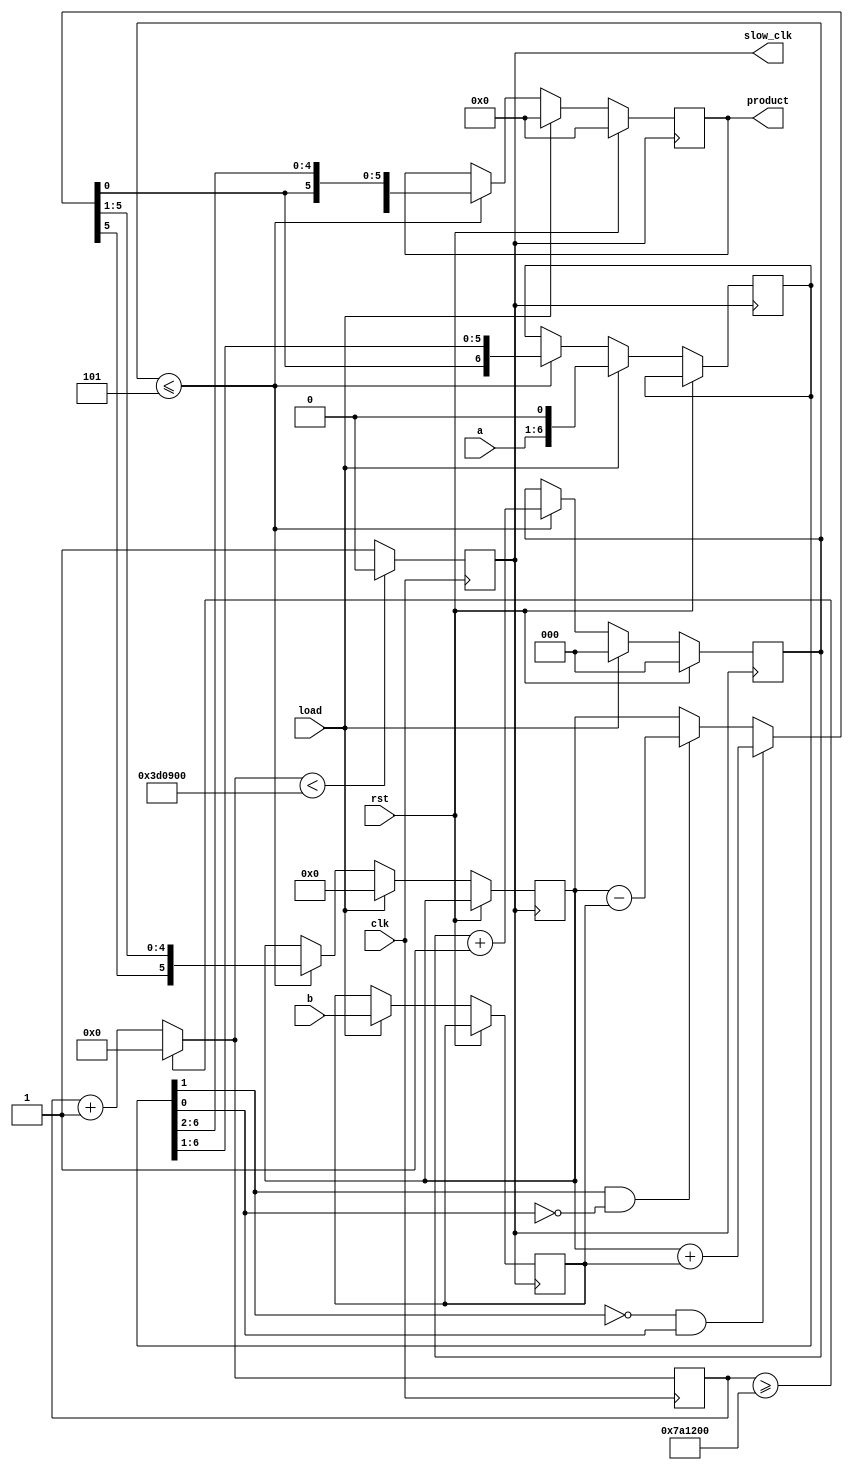
`timescale 1ns / 1ps
//////////////////////////////////////////////////////////////////////////////////
// Company: 
// Engineer: 
// 
// Design Name: 
// Module Name:    BoothMult 
// Project Name: 
// Target Devices: 
// Tool versions: 
// Description: 
//
// Dependencies: 
//
// Revision: 
// Revision 0.01 - File Created
// Additional Comments: 
//
//////////////////////////////////////////////////////////////////////////////////
module BoothMult(
    input clk,
    input rst,
    input load,
    output reg slow_clk,
    input [5:0]a,
    input [5:0]b,
	 output reg [11:0]product
    );

	reg [5:0]la,lb;
	reg [2:0]counter=0;
	reg [11:0] temp;	
	reg [32:0]mcounter=0;
	reg [6:0]Q=0;
	reg [5:0]A=0;

	always @(posedge clk)
    begin
        mcounter = (mcounter>=8000000)?0:mcounter+1;
        slow_clk = (mcounter < 4000000)?1'b0:1'b1;
    end
always @(posedge slow_clk)
begin
	if(rst==1)
	begin
		product=0;
		counter=0;
	end
	else if(load==1)
	begin
		product=0;
		counter=0;
		la=a[5:0]; 
		lb=b[5:0];
		A=0;
		Q={la[5:0],1'b0};
	end
	else if(counter<=5)
	begin	
		if( Q[1]==0 && Q[0]==1)
		begin
			A=A+lb;
		end
		else if( Q[1]==1 && Q[0]==0)
		begin 
			A=A-lb;
		end
		Q={A[0],Q[6:1]};
		A={A[5],A[5:1]};
		product={A,Q[6:1]};
		counter=counter+1;
	end
end
endmodule